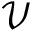
\mathcal { V }